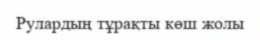
Рулардың тұрақты көш жолы